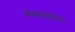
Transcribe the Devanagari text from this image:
कोमोडोएनिस